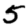
Digit: 5